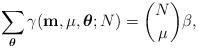
LaTeX: \begin{align*}\sum_{\boldsymbol{\theta}} \gamma(\mathbf{m}, \mu, \boldsymbol{\theta}; N) = \binom{N}{\mu} \beta,\end{align*}